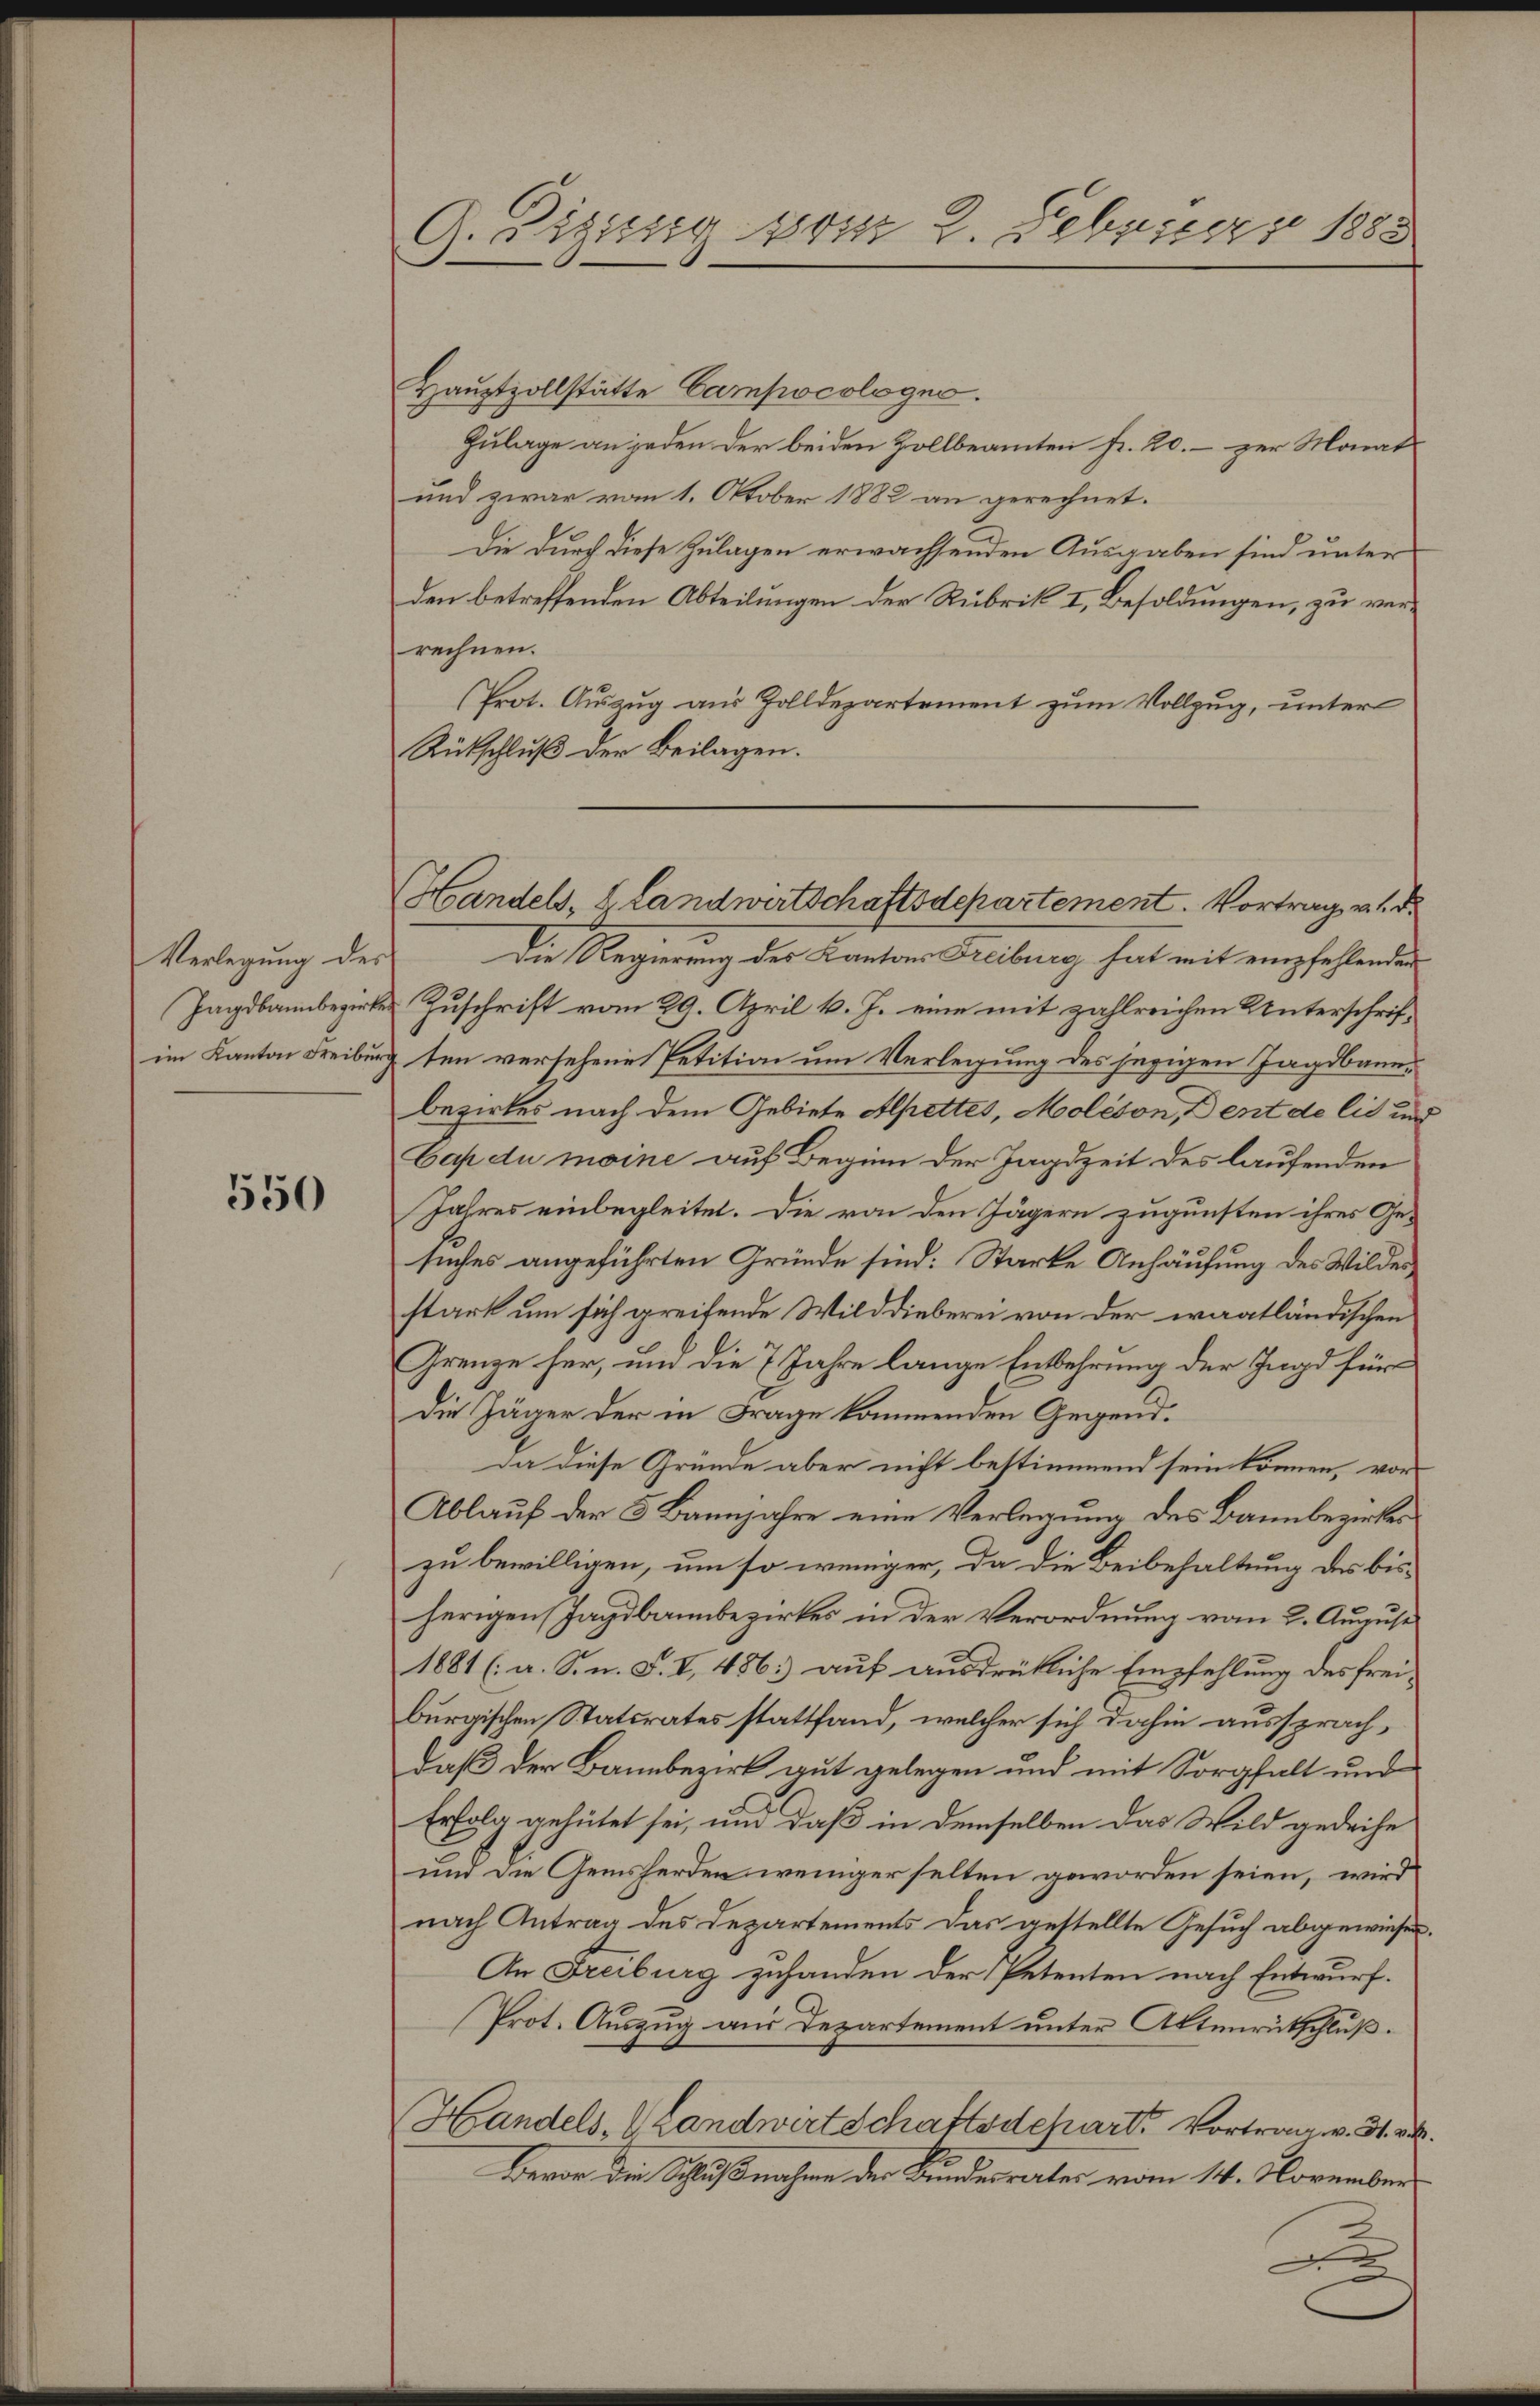
Verlegung des
Jagdbannbezirken
im Kanton Freiburg

550

G. Sigissig Zeit 2. Februar 1883

Handels, 1 Landwirtschaftsdepartement. Vortrag vnd

Hauptzollstätte Campocologno.
Zulage an jeden der beiden Zollbeamten fr. 20. - zur Monat
und zwar vom 1. Oktober 1882 an gerechnet.
Die durch diese Zulagen erwachsenden Ausgaben sind unter
den betreffenden Abteilungen der Rubrik I, Besoldungen, zu verrechnen.
Prot. Auszug aus Zolldepartement zum Vollzug, unter
Rütschluß der Beilagen.
Die Regierung des Kantons Freiburg hat mit empfehlenden
Zuschrift vom 29. April v. J. eine mit zahlreichen Unterschriften versehene Petition um Verlegung des jegigen Jagdbauebezirkes nach dem Gebiete Alpettes, Molison, Dent de lis un
Cap du moine auf Beginn der Jagdzeit des laufenden
Jahres einbegleitet. Die von den Jägern zugunsten ihres Ge-
suches angeführten Gründe sind: Starke Anhäufung des Wildes,
stark um sich greifende Wilddieberei von der waatländischen
Grenze her, und die 7 Jahre lange Entbehrung der Jagd für
Die Jäger der in Frage kommenden Gegend.
da diese Gründe aber nicht bestimmend sein können, vor
Ablauf der 3 Bannjahre eine Verlegung des Bannbezirkes
zu bewilligen, um so weniger, da die Beibehaltung des bisherigen Jagdbannbezirkes in der Verordnung vom 2. August
1881 (a. S. n. F. I 486. auf ausdrükliche Empfehlung des freiburgischen Statsrates stattfand, welcher sich dahin aussprach,
daß der Bannbezirk gut gelegen und mit Sorgfalt und
Erfolg gehütet sei, und daß in demselben das Wild gedeihe
und die Gemsherden weniger selten geworden seien, wird
nach Antrag des Departements das gestellte Gesuch abgewiesen
An Freiburg zuhanden der Petenten nach Entwurf.
Prot. Auszug aus Departement unter Altenrütschluß.
Handels, Landwert schaftsdepart. Vortrag v. 31. v.
Bevor die Schlußnahme der Bundesrates vom 14. November